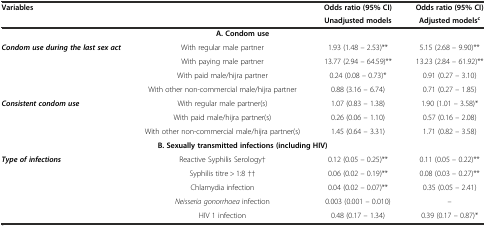
<table><thead><tr><td rowspan="2"><b>Variables</b></td><td rowspan="2"></td><td><b>Odds ratio (95% CI)</b></td><td><b>Odds ratio (95% CI)</b></td></tr><tr><td><b>Unadjusted models</b></td><td><b>Adjusted models<sup>c</sup></b></td></tr></thead><tbody><tr><td colspan="4"><b>A. Condom use</b></td></tr><tr><td rowspan="4"><b><i>Condom use during the last sex act</i></b></td><td>With regular male partner</td><td>1.93 (1.48 – 2.53)**</td><td>5.15 (2.68 – 9.90)**</td></tr><tr><td>With paying male partner</td><td>13.77 (2.94 – 64.59)**</td><td>13.23 (2.84 – 61.92)**</td></tr><tr><td>With paid male/hijra partner</td><td>0.24 (0.08 – 0.73)*</td><td>0.91 (0.27 – 3.10)</td></tr><tr><td>With other non-commercial male/hijra partner</td><td>0.88 (3.16 – 6.74)</td><td>0.71 (0.27 – 1.85)</td></tr><tr><td rowspan="3"><b><i>Consistent condom use</i></b></td><td>With regular male partner(s)</td><td>1.07 (0.83 – 1.38)</td><td>1.90 (1.01 – 3.58)*</td></tr><tr><td>With paid male/hijra partner(s)</td><td>0.26 (0.06 – 1.10)</td><td>0.57 (0.16 – 2.08)</td></tr><tr><td>With other non-commercial male/hijra partner(s)</td><td>1.45 (0.64 – 3.31)</td><td>1.71 (0.82 – 3.58)</td></tr><tr><td colspan="4"><b>B. Sexually transmitted infections (including HIV)</b></td></tr><tr><td rowspan="5"><b><i>Type of infections</i></b></td><td>Reactive Syphilis Serology†</td><td>0.12 (0.05 – 0.25)**</td><td>0.11 (0.05 – 0.22)**</td></tr><tr><td>Syphilis titre &gt; 1:8 ††</td><td>0.06 (0.02 – 0.19)**</td><td>0.08 (0.03 – 0.27)**</td></tr><tr><td>Chlamydia infection</td><td>0.04 (0.02 – 0.07)**</td><td>0.35 (0.05 – 2.41)</td></tr><tr><td><i>Neisseria gonorrhoea</i> infection</td><td>0.003 (0.001 – 0.010)</td><td>--</td></tr><tr><td>HIV 1 infection</td><td>0.48 (0.17 – 1.34)</td><td>0.39 (0.17 – 0.87)*</td></tr></tbody></table>